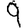
Digit: 9